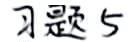
习题5